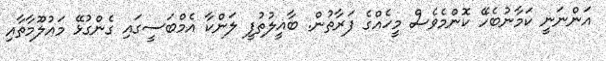
އަންނަނީ ކަމާނުބެހޭ ކޮންމެވެސް މީހެއްގެ ފަރާތުން. ބާޣީލުތުފީ ލަންކާ އެމްބަސީގައި ގެންގުޅޭ މައުލޫމާތާއި